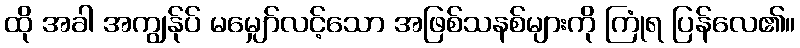
ထို အခါ အကျွန်ုပ် မမျှော်လင့်သော အဖြစ်သနစ်များကို ကြုံရ ပြန်လေ၏။